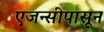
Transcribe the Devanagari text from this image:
एजन्सीपासून